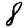
Digit: 8